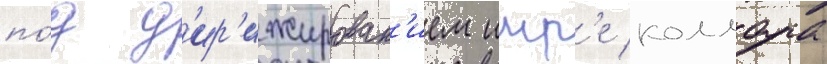
по́д д'ир'ижирован'ием имр'е коллара